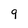
Character: 9